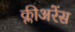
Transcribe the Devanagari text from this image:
क्लीअरेंस